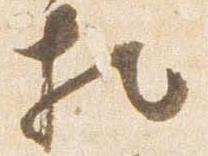
相